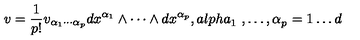
v = \frac { 1 } { p ! } v _ { \alpha _ { 1 } \cdots \alpha _ { p } } d x ^ { \alpha _ { 1 } } \wedge \cdots \wedge d x ^ { \alpha _ { p } } , { a l p h a } _ { 1 } { \ , \ldots , \alpha } _ { p } { \ = 1 \ldots d }